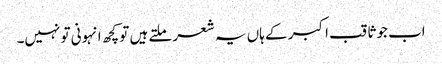
اب جو ثاقب اکبر کے ہاں یہ شعر ملتے ہیں تو کچھ انہونی تو نہیں۔